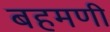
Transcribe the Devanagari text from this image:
बहमणी